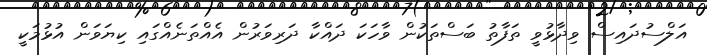
އަލްސުދައިސް ވިދާޅުވީ ތަފާތު ބަސްތަކުން ވާހަކަ ދައްކާ ދަރިވަރުން އެއްތަނެއްގައި ކިޔަވަން އުޅުމަކީ